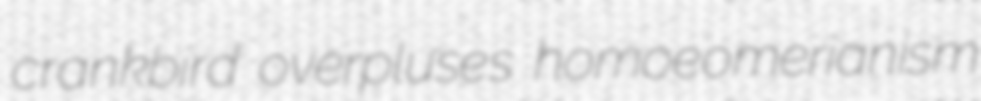
crankbird overpluses homoeomerianism